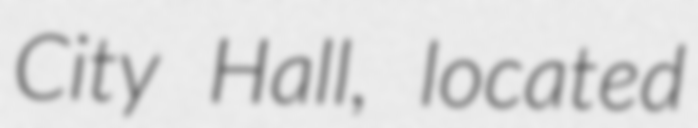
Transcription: City Hall, located